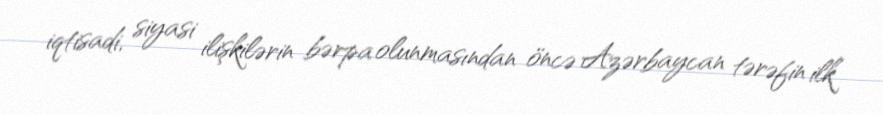
iqtisadi, siyasi ilişkilərin bərpa olunmasından öncə Azərbaycan tərəfin ilk